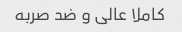
کاملا عالی و ضد صربه